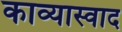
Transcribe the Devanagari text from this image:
काव्यास्वाद